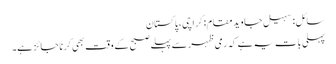
سائل: سہیل جاویدمقام: کراچی، پاکستان
پہلی بات یہ ہے کہ رمی ظہر سے پہلے صبح کے وقت بھی کرنا جائز ہے۔